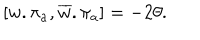
\left[ w . \mathbf { \pi } _ { a } , \overline { { { w } } } . \mathbf { \pi } _ { a } \right] = - 2 \theta .